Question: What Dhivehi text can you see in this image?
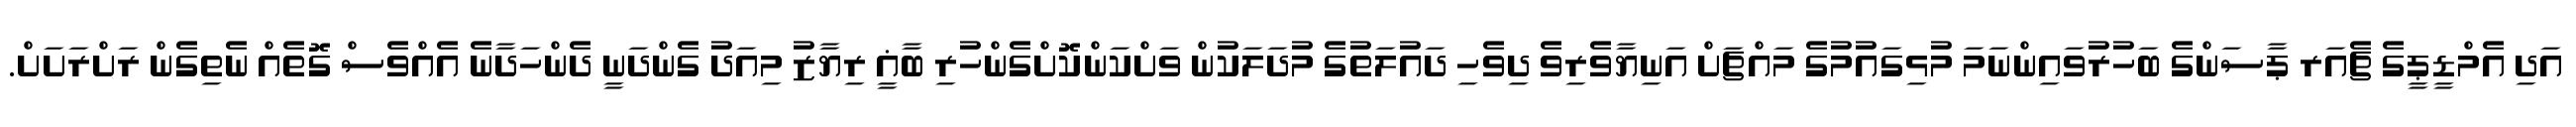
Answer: އަދި އެމްޑީޕީގެ ޗެއަރ ޕާސަންގެ ބަހުރުވައިންނަމަ މުޅިގައުމުގެ މައްޗަށް އަނިޔާވެރިވެ ދިވެހި ދައުލަތުގެ މުދަލަކުން ވަށްކަންކޮށްގެންހުރި ބާޣީ ރިޔާޒު މިއަދު ގެންދަނީ ދެންހަދާނެ އެއްވެސް ގޮތެއް ނެތިގެން ރަށްރަށަށް.